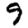
Digit: 9